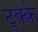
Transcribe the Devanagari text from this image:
ट्क्के